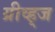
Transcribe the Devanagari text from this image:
ग्रीव्ह्‌ज